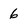
Character: 6